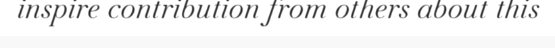
inspire contribution from others about this